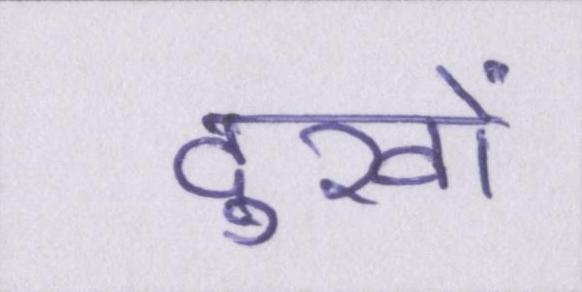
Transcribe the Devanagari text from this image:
दुखों